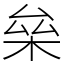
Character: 㕖